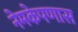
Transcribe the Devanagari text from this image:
नेमकेपणास